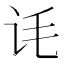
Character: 𬣜